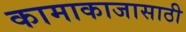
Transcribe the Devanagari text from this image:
कामाकाजासाठी